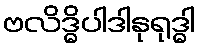
ဗလိဒ္ဓိပါဒါနုရုဒ္ဓါ